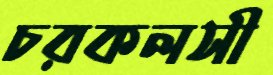
চরকলসী